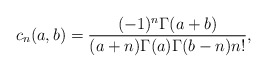
\begin{align*}c_n(a,b)=\frac{(-1)^n\Gamma(a+b)}{(a+n)\Gamma(a)\Gamma(b-n)n!},\end{align*}